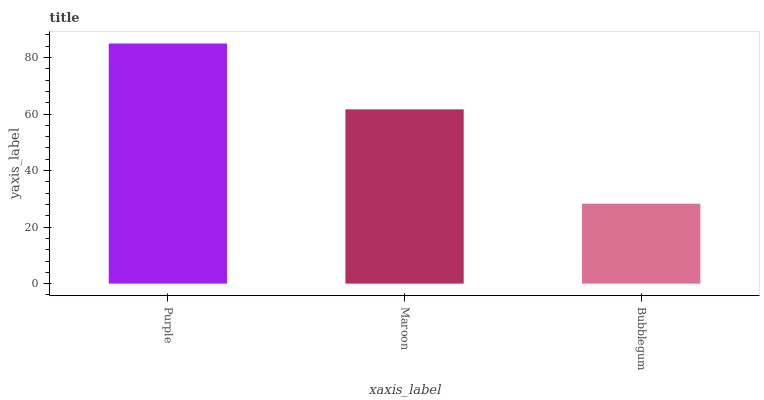
| xaxis_label | bars |
 | --- | --- |
 | Purple | 85 |
 | Maroon | 61.7 |
 | Bubblegum | 28.3 |